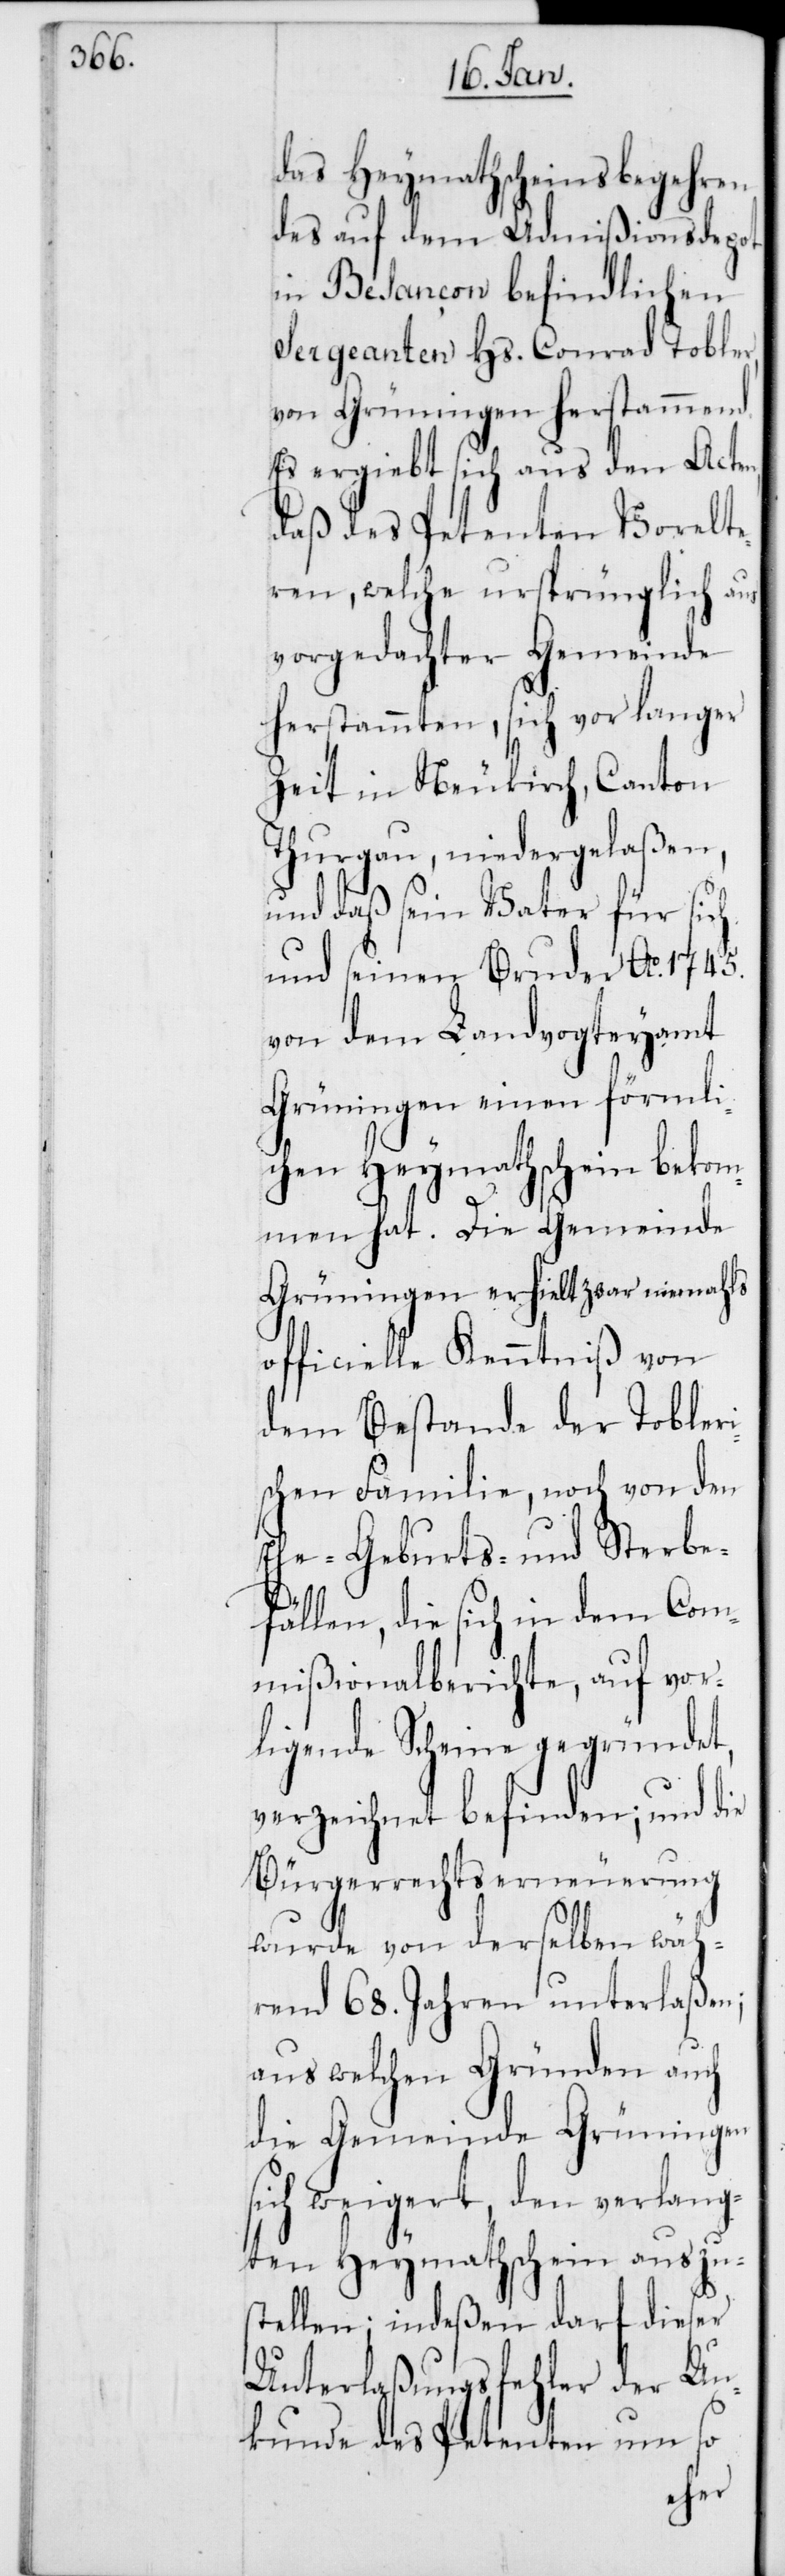
das Heymathscheinsbegehren
des auf dem Admißionsdepot
in Besançon befindlichen
Sergeanten Hs. Conrad Tobler,
von Grüningen herstammend.
Es ergiebt sich aus den Acten,
daß des Petenten Vorelte¬
ren, welche ursprünglich aus
vorgedachter Gemeinde
herstammen, sich vor langer
Zeit in Neukirch, Canton
Thurgau, niedergelaßen,
und daß sein Vater für sich
und seinen Bruder Ao 1745.
von dem Landvogteyamt
Grüningen einen förmli¬
chen Heymathschein bekom¬
men hat. Die Gemeinde
Grüningen erhielt zwar niemahls
officielle Kenntniß von
dem Bestande der Tobleri¬
schen Familie, noch von den
Geburts- und Sterbe¬
fällen, die sich in dem Com¬
mißionalberichte, auf vor¬
ligende Scheine gegründet,
verzeichnet befinden; und die
Bürgerrechtserneuerung
wurde von derselben wäh¬
rend 68. Jahren unterlaßen;
aus welchen Gründen auch
die Gemeinde Grüningen
sich weigert, den verlang¬
ten Heymathschein auszu¬
stellen; indeßen darf dieser
Unterlaßungsfehler der Un¬
kunde des Petenten um so